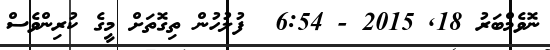
ނޮވެމްބަރު 18